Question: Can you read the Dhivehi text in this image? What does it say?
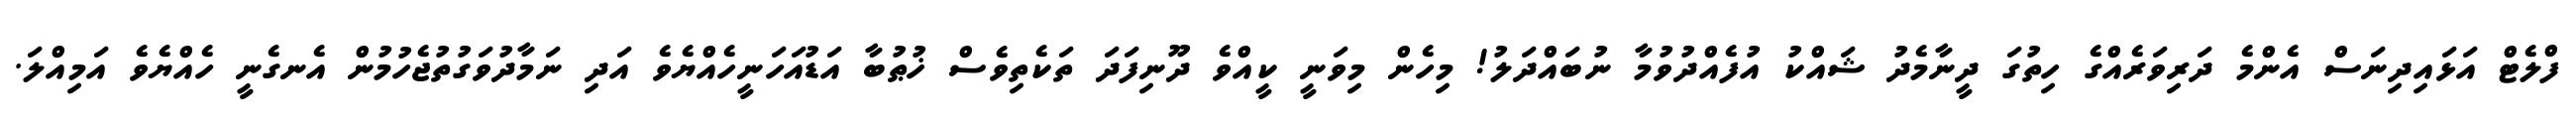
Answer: ފްލެޓް އަޅައިދިނަސް އެންމެ ދަރިވަރެއްގެ ހިތުގަ ދީނާމެދު ޝައްކު އުފެއްދުވުމާ ނުބައްދަލު! މިހެން މިވަނީ ކީއްވެ ދޫނިފަދަ ތަކެތިވެސް ޚުޠުބާ އަޑުއަހަނީހެއްޔެވެ އަދި ނަމާދުވަގުތުޖެހުމުން އެނގެނީ ހެއްޔެވެ އަމިއްލަ.